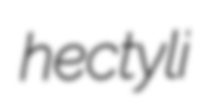
hectyli